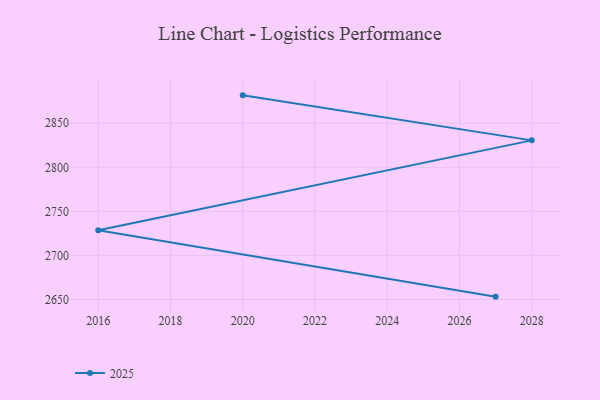
{"axis": {"x": "Year", "y": "Headcount"}, "legend": ["2025"], "data": [{"x": "2027", "y": 2653.2, "type": "2025"}, {"x": "2016", "y": 2728.6, "type": "2025"}, {"x": "2028", "y": 2830.6, "type": "2025"}, {"x": "2020", "y": 2881.7, "type": "2025"}]}